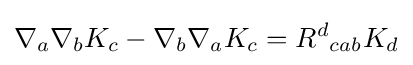
\nabla _{a}\nabla _{b}K_{c}-\nabla _{b}\nabla _{a}K_{c}=R^{d}{}_{cab}K_{d}